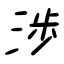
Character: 渉